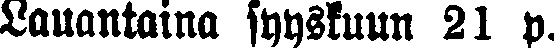
Lauantaina syyskuun 21 p.